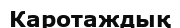
Каротаждық